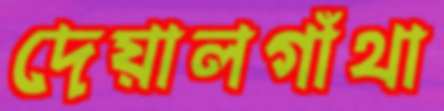
দেয়ালগাঁথা